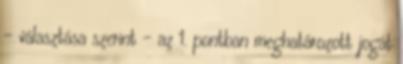
– választása szerint – az 1. pontban meghatározott jogát